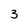
Character: 3